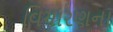
વિચારણના